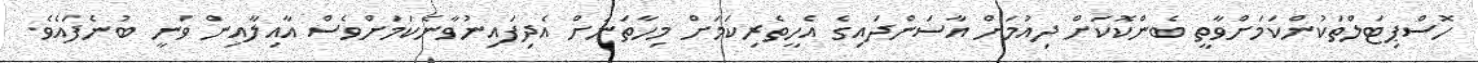
ހޮސްޕިޓަލްތަކުންކަމަށްވާތީ ބެންކޮކަށް ދިއުމަށް އާސަންދައިގެ އެހީތެރިކަމަށް މިހާތަނަށް އެދިފައިނުވާނެކަމަށްވެސް އާއިލާއިން ވަނީ ބުނެފައެެވެ.